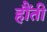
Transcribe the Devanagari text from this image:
हौंती